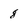
Character: 8